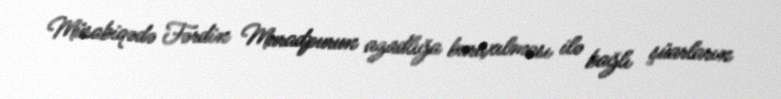
Müsabiqədə Fərdin Muradpurun azadlığa buraxılması ilə bağlı şüarların